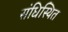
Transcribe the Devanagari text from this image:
संधिस्थित